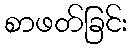
စာဖတ်ခြင်း